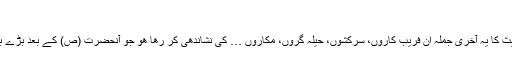
"
اس بات كا قوی احتمال ہے كہ حدیث كا یہ آخری جملہ ان فریب كاروں، سركشوں، حیلہ گروں، مكّاروں … كی نشاندھی كر رھا ھو جو آنحضرت (ص) كے بعد بڑے بڑے عنوان كے ساتھ ظاھر ھوئے۔